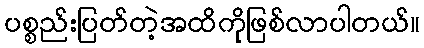
ပစ္စည်းပြတ်တဲ့အထိကိုဖြစ်လာပါတယ်။